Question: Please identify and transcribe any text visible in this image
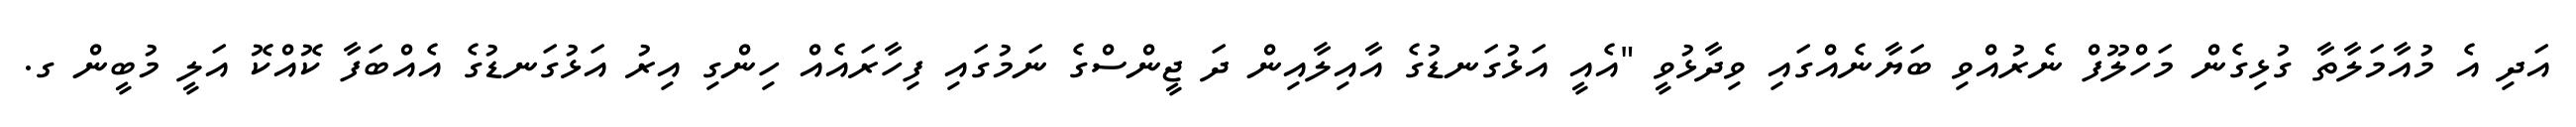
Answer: އަދި އެ މުއާމަލާތާ ގުޅިގެން މަހްލޫފް ނެރުއްވި ބަޔާނެއްގައި ވިދާޅުވީ "އެއީ އަޅުގަނޑުގެ އާއިލާއިން ދަ ޖީންސްގެ ނަމުގައި ފިހާރައެއް ހިންގި އިރު އަޅުގަނޑުގެ އެއްބަފާ ކޮއްކޮ އަލީ މުބީން ގ.